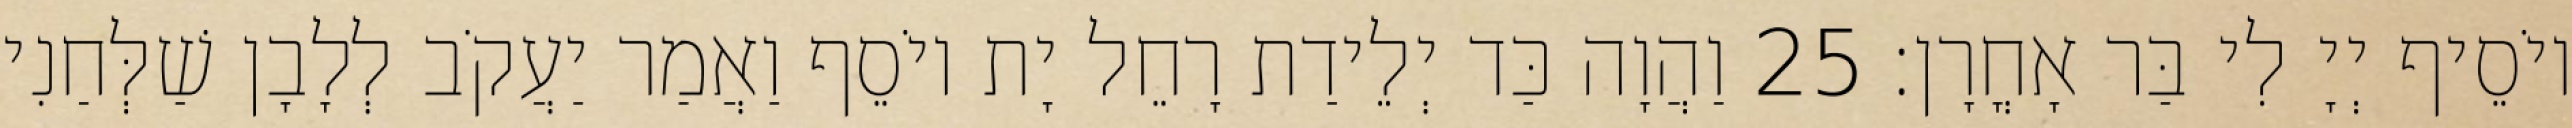
יוֹסֵיף יְיָ לִי בַּר אָחֳרָן׃ 25 וַהֲוָה כַּד יְלֵידַת רָחֵל יָת יוֹסֵף וַאֲמַר יַעֲקֹב לְלָבָן שַׁלְּחַנִי